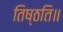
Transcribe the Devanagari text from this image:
तिष्ठति॥